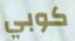
كوبي